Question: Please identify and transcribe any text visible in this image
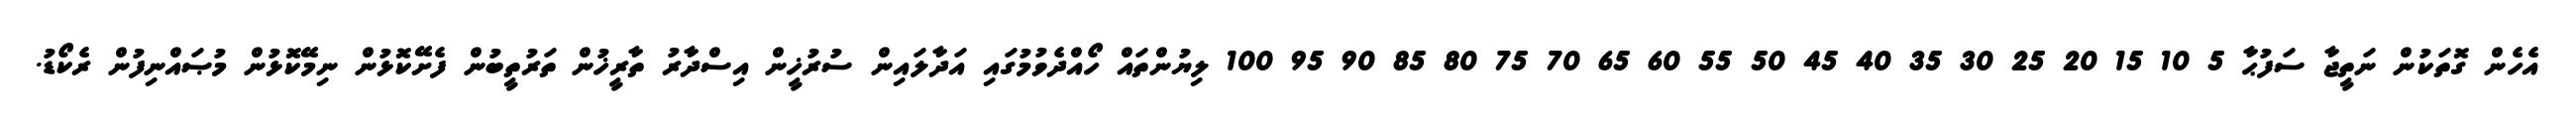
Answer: އެހެން ގޮތަކުން ނަތީޖާ ސަފުޙާ 5 10 15 20 25 30 35 40 45 50 55 60 65 70 75 80 85 90 95 100 ލިޔުންތައް ހޯއްދެވުމުގައި އަދާލައިން ސުރުޚީން އިސްދާރު ތާރީޚުން ތަރުތީބުން ފެށޭކޮޅުން ނިމޭކޮޅުން މުޞައްނިފުން ރެކޯޑު.